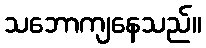
သဘောကျနေသည်။